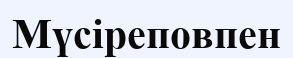
Мүсіреповпен